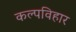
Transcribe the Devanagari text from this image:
कल्पविहार